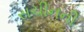
સચીનની